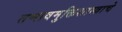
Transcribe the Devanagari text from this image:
तणावमुक्तिशास्त्राचे